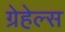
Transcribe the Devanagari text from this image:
ग्रेहेल्स